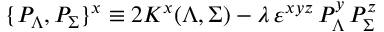
\{ { \cal P } _ { \Lambda } , { \cal P } _ { \Sigma } \} ^ { x } \equiv 2 K ^ { x } ( \Lambda , \Sigma ) - { { \lambda } } \, \varepsilon ^ { x y z } \, { \cal P } _ { \Lambda } ^ { y } \, { \cal P } _ { \Sigma } ^ { z }